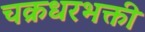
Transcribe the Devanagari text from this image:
चक्रधरभक्ती